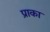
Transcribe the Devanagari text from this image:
प्राका